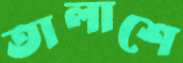
তালাশে